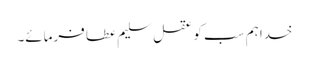
خدا ہم سب کو عقل سلیم عطا فرمائے۔